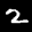
Label: 2